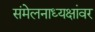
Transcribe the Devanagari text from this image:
संमेलनाध्यक्षांवर